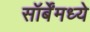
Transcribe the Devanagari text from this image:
सॉर्बेंमध्ये